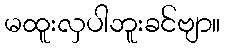
မထူးလှပါဘူးခင်ဗျာ။